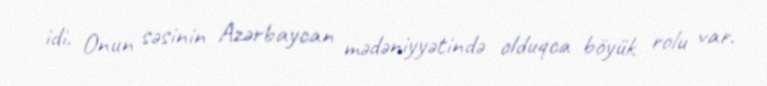
idi. Onun səsinin Azərbaycan mədəniyyətində olduqca böyük rolu var.